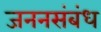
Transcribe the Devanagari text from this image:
जननसंबंध